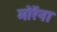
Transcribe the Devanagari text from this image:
मोरेंना